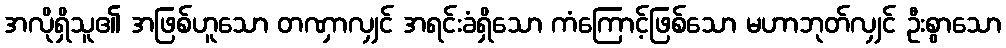
အလိုရှိသူ၏ အဖြစ်ဟူသော တဏှာလျှင် အရင်းခံရှိသော ကံကြောင့်ဖြစ်သော မဟာဘုတ်လျှင် ဦးစွာသော